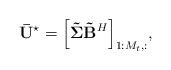
\begin{align*} {\bf{\bar U}}^{\star} = {\left[ {{\bf{\tilde \Sigma }}{{\bf{\tilde B}}^H}} \right]_{1:{M_t},:}}, \end{align*}